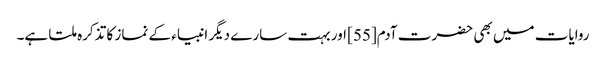
روایات میں بھی حضرت آدم[55] اور بہت سارے دیگر انبیاء کے نماز کا تذکرہ ملتا ہے۔